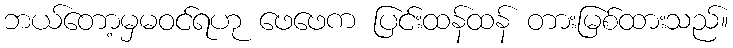
ဘယ်တော့မှမဝင်ရဟု ဖေဖေက ပြင်းထန်ထန် တားမြစ်ထားသည်။